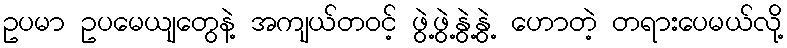
ဥပမာ ဥပမေယျတွေနဲ့ အကျယ်တဝင့် ဖွဲ့ဖွဲ့နွဲ့နွဲ့ ဟောတဲ့ တရားပေမယ်လို့